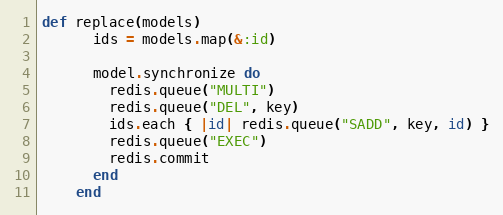
Language: Ruby
def replace(models)
      ids = models.map(&:id)

      model.synchronize do
        redis.queue("MULTI")
        redis.queue("DEL", key)
        ids.each { |id| redis.queue("SADD", key, id) }
        redis.queue("EXEC")
        redis.commit
      end
    end